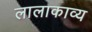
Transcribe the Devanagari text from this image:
लालाकाव्य